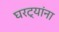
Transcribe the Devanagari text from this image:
घरट्यांना